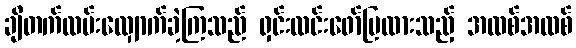
ချီတက်လမ်းလျှောက်ခဲ့ကြသည် ရှင်းလင်းဖော်ပြထားသည့် အထစ်အထစ်